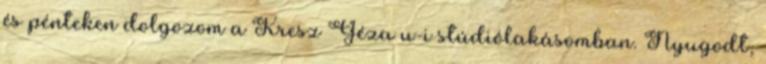
és pénteken dolgozom a Kresz Géza u-i stúdiólakásomban. Nyugodt,